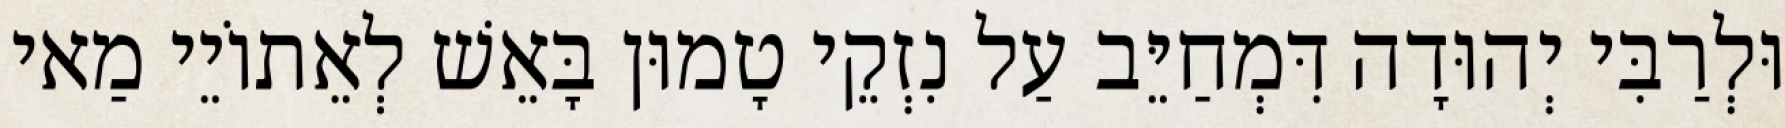
וּלְרַבִּי יְהוּדָה דִּמְחַיֵּב עַל נִזְקֵי טָמוּן בָּאֵשׁ לְאֵתוֹיֵי מַאי